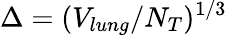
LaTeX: \Delta=(V_{lung}/N_{T})^{1/3}